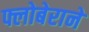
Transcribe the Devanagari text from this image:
फ्लोबेराने